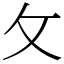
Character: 攵